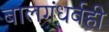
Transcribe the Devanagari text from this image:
बालगंधर्वही